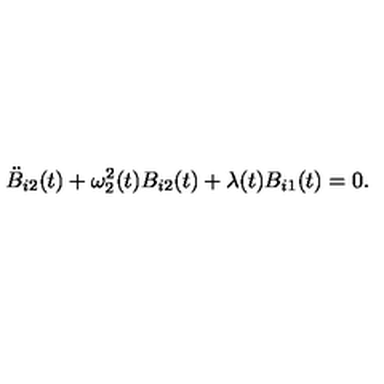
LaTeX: \ddot { B } _ { i 2 } ( t ) + \omega _ { 2 } ^ { 2 } ( t ) B _ { i 2 } ( t ) + \lambda ( t ) B _ { i 1 } ( t ) = 0 .